Vital statistics of India. Vol. IV, Annual returns from 1871 to 1876. British Army of India, Native Army and jails of Bengal
Year: 1871
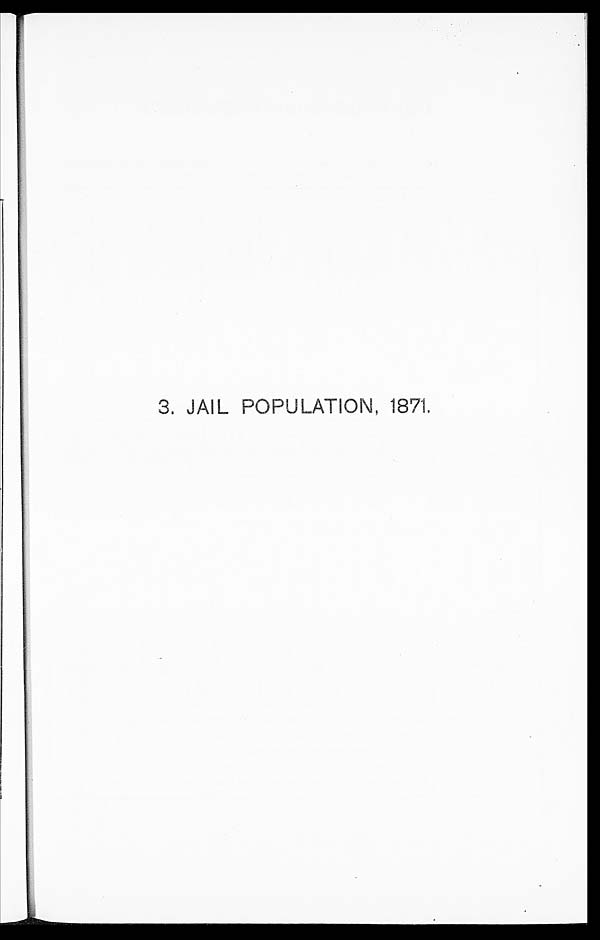
3. JAIL POPULATION, 1871.